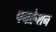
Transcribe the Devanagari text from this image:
पनक्रेशन